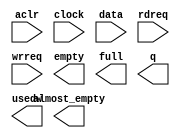
// megafunction wizard: %FIFO%VBB%
// GENERATION: STANDARD
// VERSION: WM1.0
// MODULE: scfifo 

// ============================================================
// Megafunction Name(s):
// 			scfifo
// ============================================================
// ************************************************************
// THIS IS A WIZARD-GENERATED FILE. DO NOT EDIT THIS FILE!
//
// 5.1 Build 213 01/19/2006 SP 1 SJ Web Edition
// ************************************************************

//Copyright (C) 1991-2006 Altera Corporation
//Your use of Altera Corporation's design tools, logic functions 
//and other software and tools, and its AMPP partner logic 
//functions, and any output files any of the foregoing 
//(including device programming or simulation files), and any 
//associated documentation or information are expressly subject 
//to the terms and conditions of the Altera Program License 
//Subscription Agreement, Altera MegaCore Function License 
//Agreement, or other applicable license agreement, including, 
//without limitation, that your use is for the sole purpose of 
//programming logic devices manufactured by Altera and sold by 
//Altera or its authorized distributors.  Please refer to the 
//applicable agreement for further details.

module fifo_1kx16 (
	aclr,
	clock,
	data,
	rdreq,
	wrreq,
	almost_empty,
	empty,
	full,
	q,
	usedw);

	input	  aclr;
	input	  clock;
	input	[15:0]  data;
	input	  rdreq;
	input	  wrreq;
	output	  almost_empty;
	output	  empty;
	output	  full;
	output	[15:0]  q;
	output	[9:0]  usedw;

endmodule

// ============================================================
// CNX file retrieval info
// ============================================================
// Retrieval info: PRIVATE: AlmostEmpty NUMERIC "1"
// Retrieval info: PRIVATE: AlmostEmptyThr NUMERIC "504"
// Retrieval info: PRIVATE: AlmostFull NUMERIC "0"
// Retrieval info: PRIVATE: AlmostFullThr NUMERIC "-1"
// Retrieval info: PRIVATE: CLOCKS_ARE_SYNCHRONIZED NUMERIC "0"
// Retrieval info: PRIVATE: Clock NUMERIC "0"
// Retrieval info: PRIVATE: Depth NUMERIC "1024"
// Retrieval info: PRIVATE: Empty NUMERIC "1"
// Retrieval info: PRIVATE: Full NUMERIC "1"
// Retrieval info: PRIVATE: INTENDED_DEVICE_FAMILY STRING "Cyclone"
// Retrieval info: PRIVATE: LE_BasedFIFO NUMERIC "0"
// Retrieval info: PRIVATE: LegacyRREQ NUMERIC "1"
// Retrieval info: PRIVATE: MAX_DEPTH_BY_9 NUMERIC "0"
// Retrieval info: PRIVATE: OVERFLOW_CHECKING NUMERIC "0"
// Retrieval info: PRIVATE: Optimize NUMERIC "2"
// Retrieval info: PRIVATE: RAM_BLOCK_TYPE NUMERIC "2"
// Retrieval info: PRIVATE: UNDERFLOW_CHECKING NUMERIC "0"
// Retrieval info: PRIVATE: UsedW NUMERIC "1"
// Retrieval info: PRIVATE: Width NUMERIC "16"
// Retrieval info: PRIVATE: dc_aclr NUMERIC "0"
// Retrieval info: PRIVATE: rsEmpty NUMERIC "1"
// Retrieval info: PRIVATE: rsFull NUMERIC "0"
// Retrieval info: PRIVATE: rsUsedW NUMERIC "0"
// Retrieval info: PRIVATE: sc_aclr NUMERIC "1"
// Retrieval info: PRIVATE: sc_sclr NUMERIC "0"
// Retrieval info: PRIVATE: wsEmpty NUMERIC "0"
// Retrieval info: PRIVATE: wsFull NUMERIC "1"
// Retrieval info: PRIVATE: wsUsedW NUMERIC "0"
// Retrieval info: CONSTANT: ADD_RAM_OUTPUT_REGISTER STRING "OFF"
// Retrieval info: CONSTANT: ALMOST_EMPTY_VALUE NUMERIC "504"
// Retrieval info: CONSTANT: INTENDED_DEVICE_FAMILY STRING "Cyclone"
// Retrieval info: CONSTANT: LPM_HINT STRING "RAM_BLOCK_TYPE=M4K"
// Retrieval info: CONSTANT: LPM_NUMWORDS NUMERIC "1024"
// Retrieval info: CONSTANT: LPM_SHOWAHEAD STRING "OFF"
// Retrieval info: CONSTANT: LPM_TYPE STRING "scfifo"
// Retrieval info: CONSTANT: LPM_WIDTH NUMERIC "16"
// Retrieval info: CONSTANT: LPM_WIDTHU NUMERIC "10"
// Retrieval info: CONSTANT: OVERFLOW_CHECKING STRING "ON"
// Retrieval info: CONSTANT: UNDERFLOW_CHECKING STRING "ON"
// Retrieval info: CONSTANT: USE_EAB STRING "ON"
// Retrieval info: USED_PORT: aclr 0 0 0 0 INPUT NODEFVAL aclr
// Retrieval info: USED_PORT: almost_empty 0 0 0 0 OUTPUT NODEFVAL almost_empty
// Retrieval info: USED_PORT: clock 0 0 0 0 INPUT NODEFVAL clock
// Retrieval info: USED_PORT: data 0 0 16 0 INPUT NODEFVAL data[15..0]
// Retrieval info: USED_PORT: empty 0 0 0 0 OUTPUT NODEFVAL empty
// Retrieval info: USED_PORT: full 0 0 0 0 OUTPUT NODEFVAL full
// Retrieval info: USED_PORT: q 0 0 16 0 OUTPUT NODEFVAL q[15..0]
// Retrieval info: USED_PORT: rdreq 0 0 0 0 INPUT NODEFVAL rdreq
// Retrieval info: USED_PORT: usedw 0 0 10 0 OUTPUT NODEFVAL usedw[9..0]
// Retrieval info: USED_PORT: wrreq 0 0 0 0 INPUT NODEFVAL wrreq
// Retrieval info: CONNECT: @data 0 0 16 0 data 0 0 16 0
// Retrieval info: CONNECT: q 0 0 16 0 @q 0 0 16 0
// Retrieval info: CONNECT: @wrreq 0 0 0 0 wrreq 0 0 0 0
// Retrieval info: CONNECT: @rdreq 0 0 0 0 rdreq 0 0 0 0
// Retrieval info: CONNECT: @clock 0 0 0 0 clock 0 0 0 0
// Retrieval info: CONNECT: full 0 0 0 0 @full 0 0 0 0
// Retrieval info: CONNECT: empty 0 0 0 0 @empty 0 0 0 0
// Retrieval info: CONNECT: usedw 0 0 10 0 @usedw 0 0 10 0
// Retrieval info: CONNECT: almost_empty 0 0 0 0 @almost_empty 0 0 0 0
// Retrieval info: CONNECT: @aclr 0 0 0 0 aclr 0 0 0 0
// Retrieval info: LIBRARY: altera_mf altera_mf.altera_mf_components.all
// Retrieval info: GEN_FILE: TYPE_NORMAL fifo_1kx16.v TRUE
// Retrieval info: GEN_FILE: TYPE_NORMAL fifo_1kx16.inc TRUE
// Retrieval info: GEN_FILE: TYPE_NORMAL fifo_1kx16.cmp TRUE
// Retrieval info: GEN_FILE: TYPE_NORMAL fifo_1kx16.bsf TRUE FALSE
// Retrieval info: GEN_FILE: TYPE_NORMAL fifo_1kx16_inst.v TRUE
// Retrieval info: GEN_FILE: TYPE_NORMAL fifo_1kx16_bb.v TRUE
// Retrieval info: GEN_FILE: TYPE_NORMAL fifo_1kx16_waveforms.html FALSE
// Retrieval info: GEN_FILE: TYPE_NORMAL fifo_1kx16_wave*.jpg FALSE